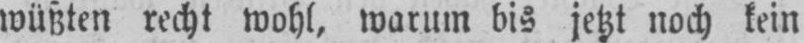
wüßten recht wohl, warum bis jetzt noch kein